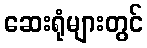
ဆေးရုံများတွင်